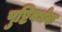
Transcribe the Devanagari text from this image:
पुष्टिवर्धक